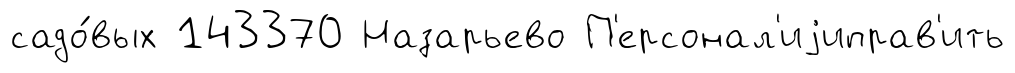
садо́вых 143370 Назарьево П'ерсонал'иjиправ'ить